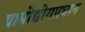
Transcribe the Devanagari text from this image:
ग्रामोद्योगप्रधान